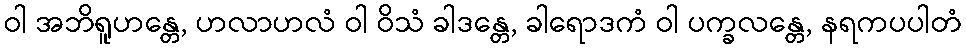
ဝါ အဘိရူဟန္တေ, ဟလာဟလံ ဝါ ဝိသံ ခါဒန္တေ, ခါရောဒကံ ဝါ ပက္ခလန္တေ, နရကပပါတံ